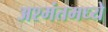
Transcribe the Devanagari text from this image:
अश्मंतमध्ये